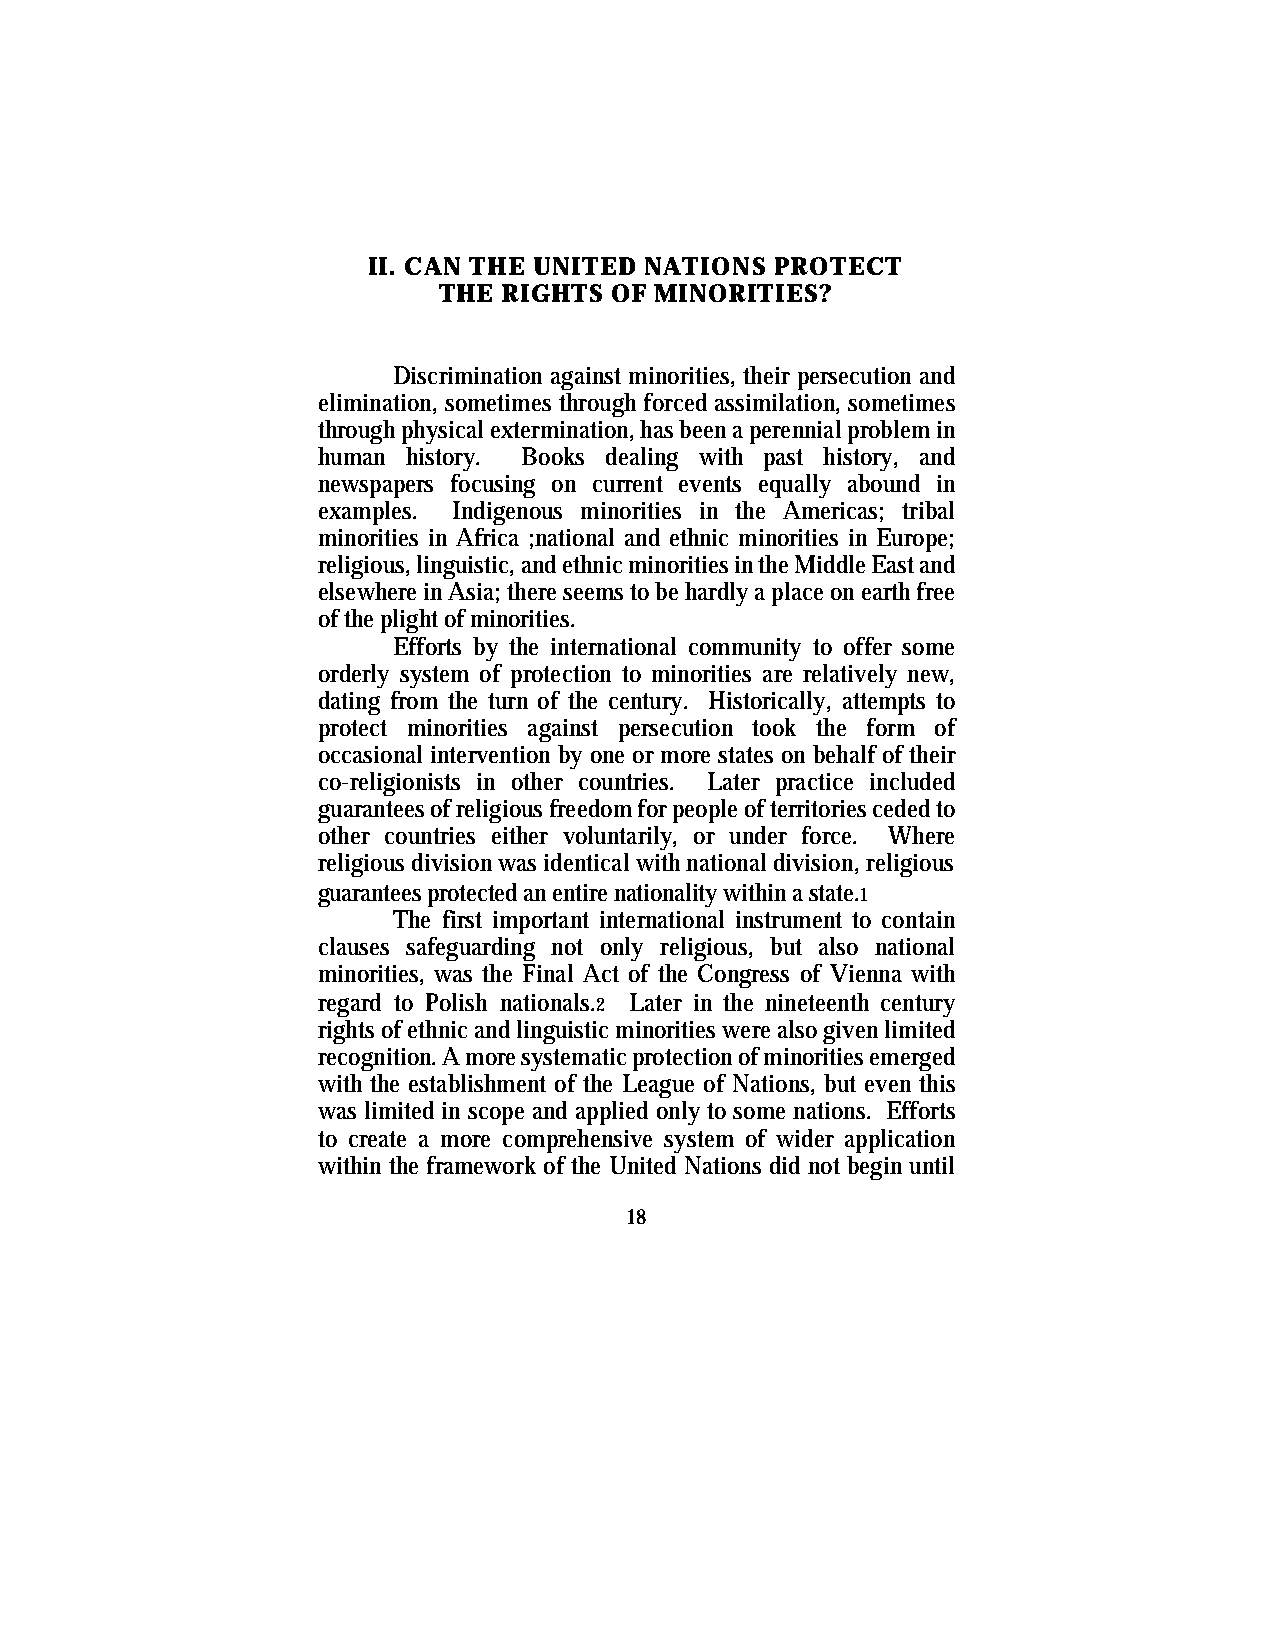
II. CAN THE UNITED NATIONS PROTECT
 THE RIGHTS OF MINORITIES?
 Discrimination against minorities, their persecution and
 elimination, sometimes through forced assimilation, sometimes
 through physical extermination, has been a perennial problem in
 human history. Books dealing with past history, and
 newspapers focusing on current events equally abound in
 examples. Indigenous minorities in the Americas; tribal
 minorities in Africa ;national and ethnic minorities in Europe;
 religious, linguistic, and ethnic minorities in the Middle East and
 elsewhere in Asia; there seems to be hardly a place on earth free
 of the plight of minorities.
 Efforts by the international community to offer some
 orderly system of protection to minorities are relatively new,
 dating from the turn of the century. Historically, attempts to
 protect minorities against persecution took the form of
 occasional intervention by one or more states on behalf of their
 co-religionists in other countries. Later practice included
 guarantees of religious freedom for people of territories ceded to
 other countries either voluntarily, or under force. Where
 religious division was identical with national division, religious
 guarantees protected an entire nationality within a state.1
 The first important international instrument to contain
 clauses safeguarding not only religious, but also national
 minorities, was the Final Act of the Congress of Vienna with
 regard to Polish nationals.2 Later in the nineteenth century
 rights of ethnic and linguistic minorities were also given limited
 recognition. A more systematic protection of minorities emerged
 with the establishment of the League of Nations, but even this
 was limited in scope and applied only to some nations. Efforts
 to create a more comprehensive system of wider application
 within the framework of the United Nations did not begin until
 18